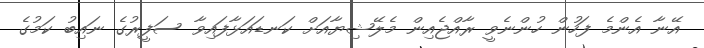
އޭނާ އެންމެ ފަހުން ހުންނެވީ ރާއްޖެއިން މެލޭޝިޔާއަށް ކަނޑައަޅާފައިވާ ސަފީރުގެ ނައިބު ކަމުގެ